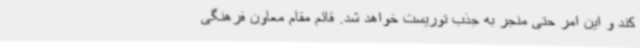
کند و این امر حتی منجر به جذب توریست خواهد شد. قائم مقام معاون فرهنگی